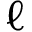
\ell